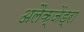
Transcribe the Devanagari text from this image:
अलैक्जेंड्रा